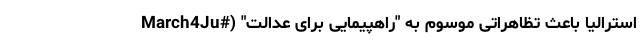
استرالیا باعث تظاهراتی موسوم به "راهپیمایی برای عدالت" (#March4Ju